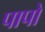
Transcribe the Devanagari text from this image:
पापो